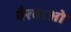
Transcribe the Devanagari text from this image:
बैरवाओ